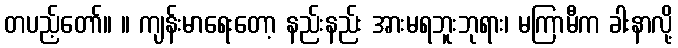
တပည့်တော်။ ။ ကျန်းမာရေးတော့ နည်းနည်း အားမရဘူးဘုရား၊ မကြာမီက ခါးနာလို့